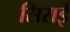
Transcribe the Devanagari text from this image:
सिराई